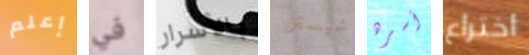
إعلم في بالأسرار شيستر أسره اختراع